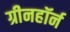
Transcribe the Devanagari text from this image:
ग्रीनहॉर्न